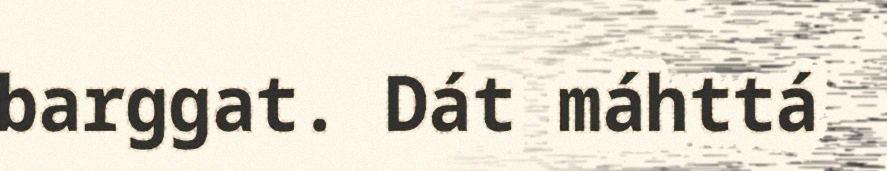
barggat. Dát máhttá